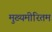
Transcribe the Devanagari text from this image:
मुख्यमीरितम